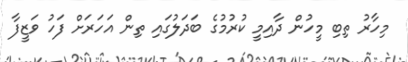
މިހާރު ތިބި މީހުން ދާއިމީ ކުރުމުގެ ބަދަލުގައި ތިން އަހަރަށް ފަހު ވަޒީފާ